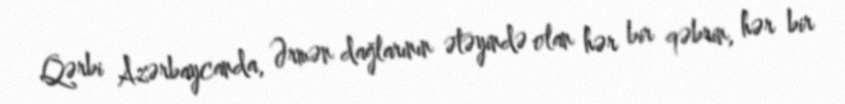
Qərbi Azərbaycanda, Ərmən dağlarının ətəyində olan hər bir qəbrin, hər bir